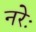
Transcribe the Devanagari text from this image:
नरेः